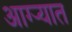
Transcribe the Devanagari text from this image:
आग्ऱ्यात